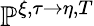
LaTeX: \mathbb{P}^{\xi,\tau\rightarrow\eta,T}